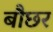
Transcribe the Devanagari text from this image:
बौछर